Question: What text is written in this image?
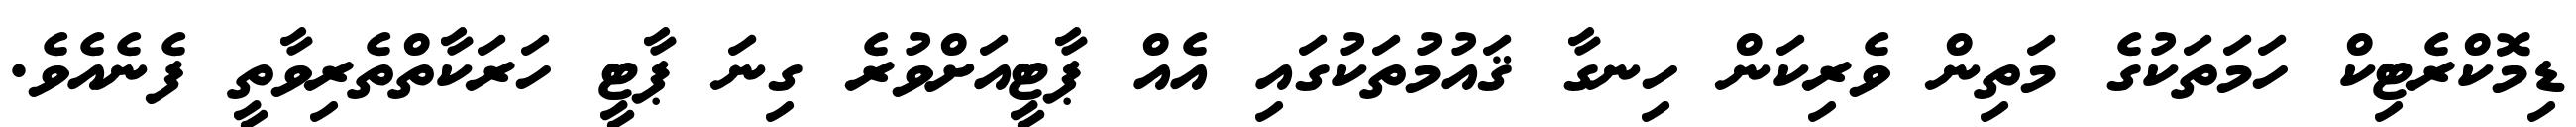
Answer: ޑިމޮކްރެޓިކް ހަމަތަކުގެ މަތިން ވެރިކަން ހިނގާ ޤައުމުތަކުގައި އެއް ޕާޓީއަށްވުރެ ގިނަ ޕާޓީ ހަރަކާތްތެރިވާތީ ފެނެއެވެ.